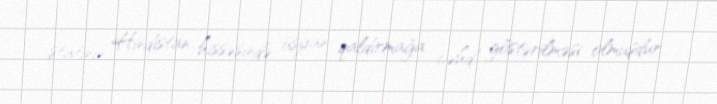
ştatının Hindistan hissəsində üsyan qaldırmağa cəhd göstərilməsi olmuşdur.